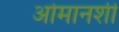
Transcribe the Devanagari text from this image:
ओमानशी